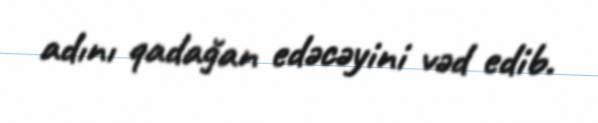
adını qadağan edəcəyini vəd edib.